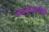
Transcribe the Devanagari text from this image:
जठरव्रणापैकी